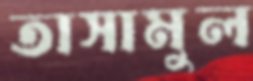
তাসামুল